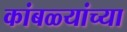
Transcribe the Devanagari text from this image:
कांबळ्यांच्या